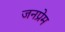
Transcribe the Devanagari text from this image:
जनप्रेम